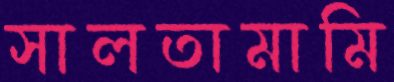
সালতামামি